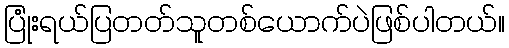
ပြုံးရယ်ပြတတ်သူတစ်ယောက်ပဲဖြစ်ပါတယ်။